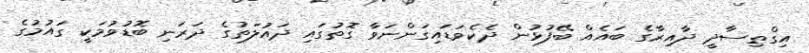
އިގްތިސާދީ ދާއިރާގެ ބައެއް ބޭފުޅުން ދެކެވަޑައިގަންނަވާ ގޮތުގައި ދައުލަތުގެ ދަރަނި ބޮޑުވުމަކީ ގައުމުގެ